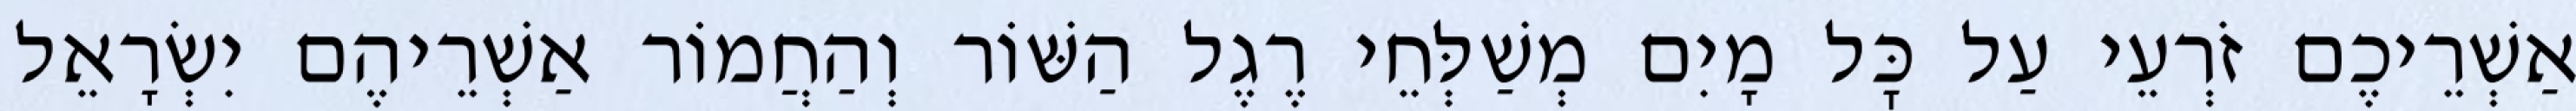
אַשְׁרֵיכֶם זֹרְעֵי עַל כׇּל מָיִם מְשַׁלְּחֵי רֶגֶל הַשּׁוֹר וְהַחֲמוֹר אַשְׁרֵיהֶם יִשְׂרָאֵל